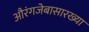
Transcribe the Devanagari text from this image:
औरंगजेबासारख्या